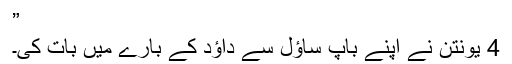
”
4 یونتن نے اپنے باپ ساؤل سے داؤد کے بارے میں بات کی۔